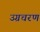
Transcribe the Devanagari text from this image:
उग्रचरण